Vaccination in Bombay 1856-1862 - 1856-1862
Year: 1856
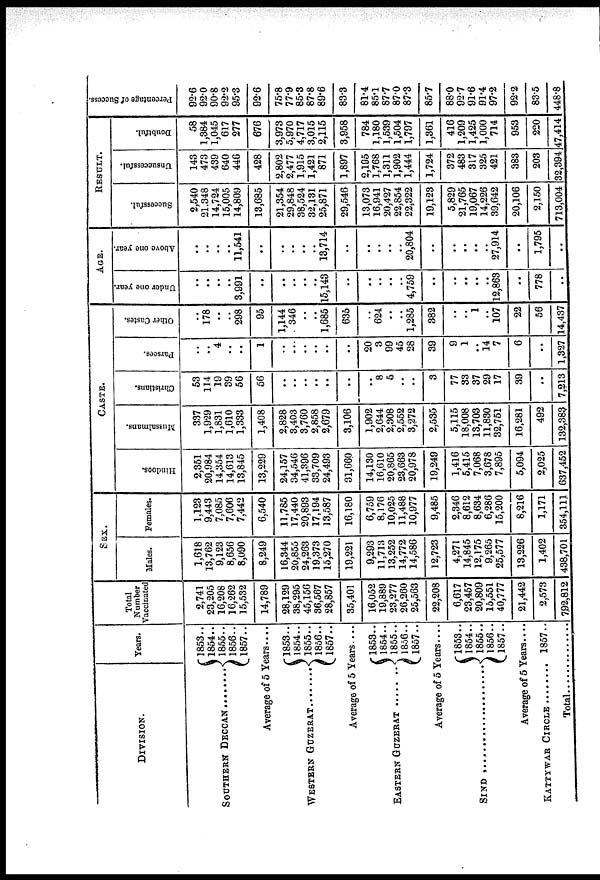
DIVISION.
SOUTHERN DECCAN .......
Years.
1853..
1854..
1855..
1856..
1857..
Average of 5 Years ....
WESTERN GUZERAT ........ 1853..
1854..
1855..
1856..
1857..
Average of 5 Years....
EASTERN GUZERAT
.........
1853..
1854..
1855..
1856..
1857..
Average of 5 Years....
SIND ..........................
1853..
1854..
1855..
1856..
1857..
Average of 5 Years....
KATTYWAR CIRCLE ....... 1857..
Total ..................
Total
Number
Vaccinated
2,741
23,205
16,208
16,262
15,532
14,789
28,129
38,295
45,156
36,567
28,857
35,401
16,052
19,889
23,277
26,260
25,563
22,208
6,617
23,457
20,809
15,551
40,777
21,442
2,573
792,812
SEX.
Males.
1,618
13,762
9,123
8,656
8,090
8,249
16,344
20,855
24,263
19,373
15,270
19,221
9,293
11,713
13,252
14,772
14,586
12,723
4,271
14,845
12,175
9,265
25,577
13,226
1,402
438,701
Females.
1,123
9,443
7,085
7,606
7,442
6,540
11,785
17,440
20,893
17,194
13,587
16,180
6,759
8,176
10,025
11,488
10,977
9,485
2,346
8,612
8,634
6,286
15,200
8,216
1,171
354,111
CASTE.
Hindoos.
2,351
20,984
14,354
14,613
13,845
13,229
24,157
34,546
41,396
33,709
24,493
31,660
14,130
16,610
20,865
23,663
20,978
19,249
1,416
5,415
7,068
3,678
7,895
5,094
2,025
637,452
Mussalmans.
337
1,929
1,831
1,610
1,333
1,408
2,828
3,403
3,760
2,858
2,679
3,106
1,902
2,644
2,308
2,552
3,272
2,535
5,115
18,008
13,703
11,830
32,751
16,281
492
132,383
Christians.
53
114
19
39
56
56
..
..
..
..
..
..
..
8
5
..
..
3
77
83
37
29
17
39
..
7,213
Parsees.
..
..
4
..
..
1
..
..
..
..
..
..
20
3
99
45
28
39
9
1
..
14
7
6
..
1,327
Other Castes.
..
178
..
..
298
95
1,144
346
..
..
1,685
635
..
624
..
..
1,285
382
..
..
1
..
107
22
56
14,437
AGE.
Under one year.
..
..
..
..
3,991
..
..
..
..
..
15,143
..
..
..
..
..
4,759
..
..
..
..
..
12,863
..
778
..
Above one year.
..
..
..
..
11,541
..
..
..
..
..
13,714
..
..
..
..
..
20,804
..
..
..
..
..
27,914
..
1,795
..
RESULT.
Successful.
2,540
21,348
14,724
15,005
14,809
13,685
21,354
29,848
38,524
32,131
25,871
29,546
13,073
16,941
20,427
22,854
22,322
19,123
5,829
21,765
19,067
14,226
39,642
20,106
2,150
713,004
Unsuccessful.
143
473
439
640
446
428
2,802
2,477
1,915
1,421
871
1,897
2,195
1,768
1,311
1,902
1,444
1,724
372
483
317
325
421
383
203
32,394
Doubtful.
58
1,384
1,045
617
277
676
3,973
5,970
4,717
3,015
2,115
3,958
784
1,180
1,539
1,504
1,797
1,361
416
1,209
1,425
1,000
714
953
220
47,414
Percentage of Success.
92.6
92.0
90.8
92.2
95.3
92.6
75.8
77.9
85.3
87.8
89.6
83.3
81.4
85.1
87.7
87.0
87.3
85.7
88.0
92.7
91.6
91.4
97.2
92.2
83.5
448.8